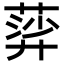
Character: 𦹈